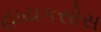
હાયકસોસ